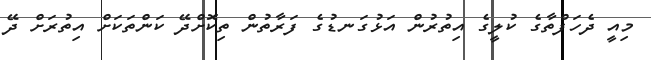
މިއީ ދެހަފްތާގެ ކުލީގެ އިތުުރުން އަޅުގަނޑުގެ ފަރާތުން ތިކޮށްދޭ ކަންތަކަށް އިތުރަށް ދޭ